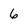
Character: 6